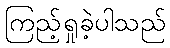
ကြည့်ရှုခဲ့ပါသည်